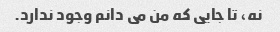
نه، تا جایی که من می دانم وجود ندارد.